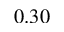
0 . 3 0